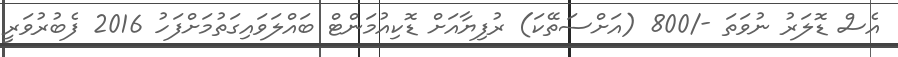
އެސް ޑޮލަރު ނުވަތަ -/800 (އަށްސަތޭކަ) ރުފިޔާއަށް ޑޮކިއުމަންޓް ބައްލަވައިގަތުމަށްފަހު 2016 ފެބުރުވަރީ